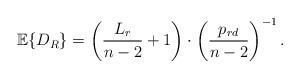
LaTeX: \begin{align*}\mathbb{E}\{D_R\}=\left(\frac{L_r}{n-2}+1 \right) \cdot \left(\frac{p_{rd}}{n-2} \right)^{-1}. \end{align*}